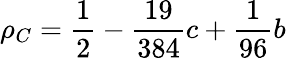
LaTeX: \rho_{C}=\frac{1}{2}-\frac{19}{384}c+\frac{1}{96}b